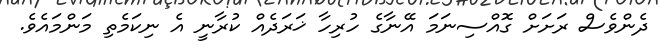
ދެންވެސް ރަށަށް ގޮއްސިނަމަ އޭނާގެ ހުރިހާ ޚަރަދެއް ކުރާނީ އެ ނިކަމެތި މަންމައެވެ.